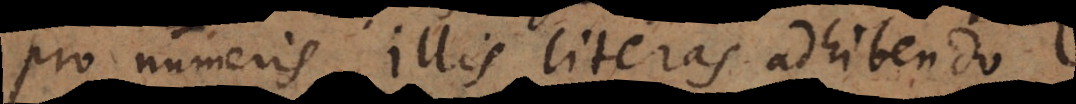
pro numeris illis literas adhibendo